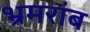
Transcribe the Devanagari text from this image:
भ्रमरांब